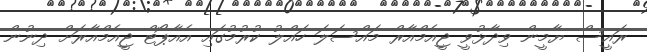
ރައީސް ޔާމީން ވިދާޅުވީ ޖީއެމްއާރް މައްސަލަ ހައްލު ކުރުމުގައި އެއާޕޯޓް ޖީއެމްއާރަށް ދިނުން